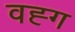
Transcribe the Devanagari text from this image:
वह्ग